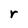
Character: r